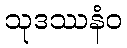
သုဒဿနံဝ